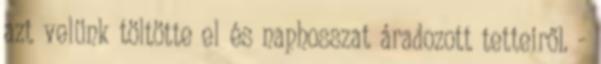
azt velünk töltötte el és naphosszat áradozott tetteiről. -